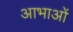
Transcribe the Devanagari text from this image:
आभाओं